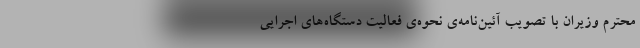
محترم وزیران با تصویب آئین‌نامه‌ی نحوه‌ی فعالیت دستگاه‌های اجرایی